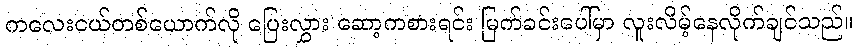
ကလေးငယ်တစ်ယောက်လို ပြေးလွှား ဆော့ကစားရင်း မြက်ခင်းပေါ်မှာ လူးလိမ့်နေလိုက်ချင်သည်။